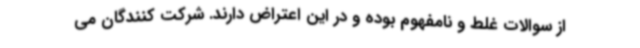
از سوالات غلط و نامفهوم بوده و در این اعتراض دارند. شرکت کنندگان می